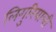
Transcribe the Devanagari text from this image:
लिगुरियाची